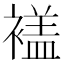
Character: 𧜡